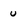
Character: u